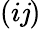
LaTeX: (i\mathit{j})